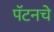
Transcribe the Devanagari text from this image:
पॅटनचे